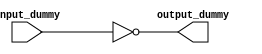
module Processor(input_dummy, output_dummy);
input input_dummy;
output output_dummy;

assign output_dummy = !input_dummy;
endmodule